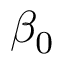
\beta _ { 0 }